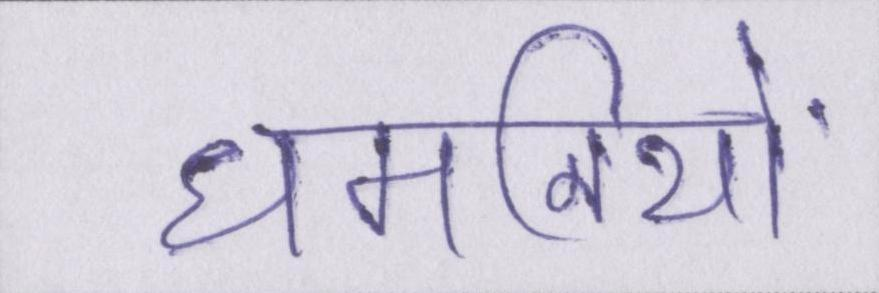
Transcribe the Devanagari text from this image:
धमनियों